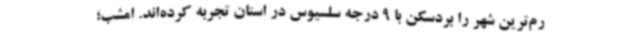
رم‌ترین شهر را بردسکن با 9 درجه سلسیوس در استان تجربه کرده‌اند. امشب؛